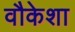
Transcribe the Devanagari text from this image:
वौकेशा